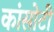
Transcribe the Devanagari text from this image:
कांसोटी